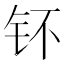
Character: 钚